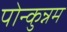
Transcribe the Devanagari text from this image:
पोन्कुन्नम